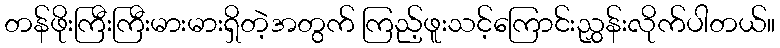
တန်ဖိုးကြီးကြီးမားမားရှိတဲ့အတွက် ကြည့်ဖူးသင့်ကြောင်းညွှန်းလိုက်ပါတယ်။